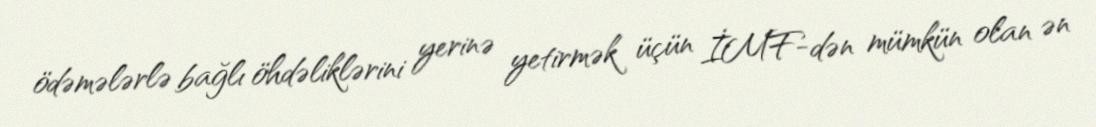
ödəmələrlə bağlı öhdəliklərini yerinə yetirmək üçün İMF-dən mümkün olan ən